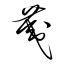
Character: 荑